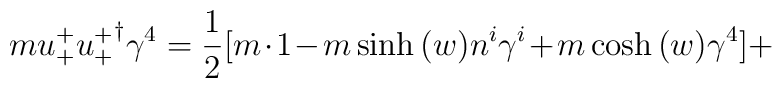
m u_{+}^{+ } {u_{+}^{+  }}^{\dagger} \gamma^{4} = \frac{1}{2}[m \cdot 1 - m \sinh{(w)} n^{i} \gamma^{i} + m\cosh{(w)} \gamma^{4}] + \hspace{4cm}